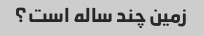
زمین چند ساله است؟